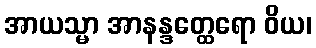
အာယသ္မာ အာနန္ဒတ္ထေရော ဝိယ၊